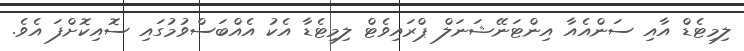
ލިމިޓެޑް އާއި ސަންއެއާ އިންޓަނޭޝަނަލް ޕްރައިވެޓް ލިމިޓެޑާ އެކު އެއްބަސްވުމުގައި ސޮއިކޮށްފަ އެވެ.